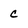
Character: c